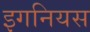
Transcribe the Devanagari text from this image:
इगनियस